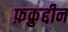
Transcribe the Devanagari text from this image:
फ़क्रुद्दीन